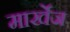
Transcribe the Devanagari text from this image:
मार्खेज